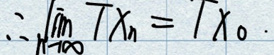
\(\therefore \lim _ { n \to \infty } T x _ { n } = T x _ { 0 }.\)